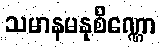
သမာနမနုစိဏ္ဏော